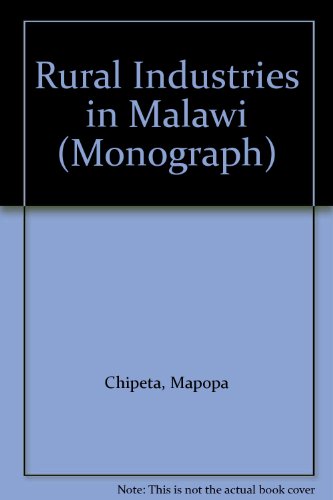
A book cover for Rural Industries in Malawi (Monograph); Mapopa Chipeta; Travel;